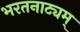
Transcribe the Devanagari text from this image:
भरतनाट्यम्‌